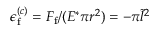
\epsilon _ { \mathrm { f } } ^ { ( c ) } = { F _ { \mathrm { f } } } / ( { E ^ { * } \pi r ^ { 2 } } ) = - \pi \Tilde { l } ^ { 2 }